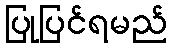
ပြုပြင်ရမည်